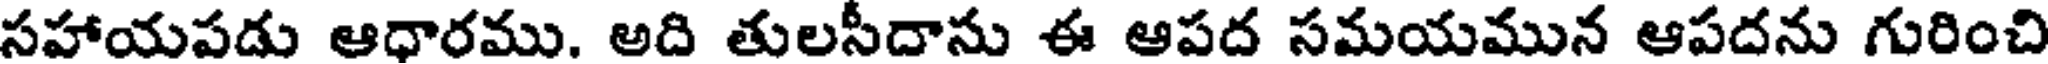
సహాయపడు ఆధారము. అది తులసీదాను ఈ ఆపద సమయమున ఆపదను గురించి